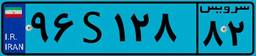
۲۹S۹۹۷۱۲